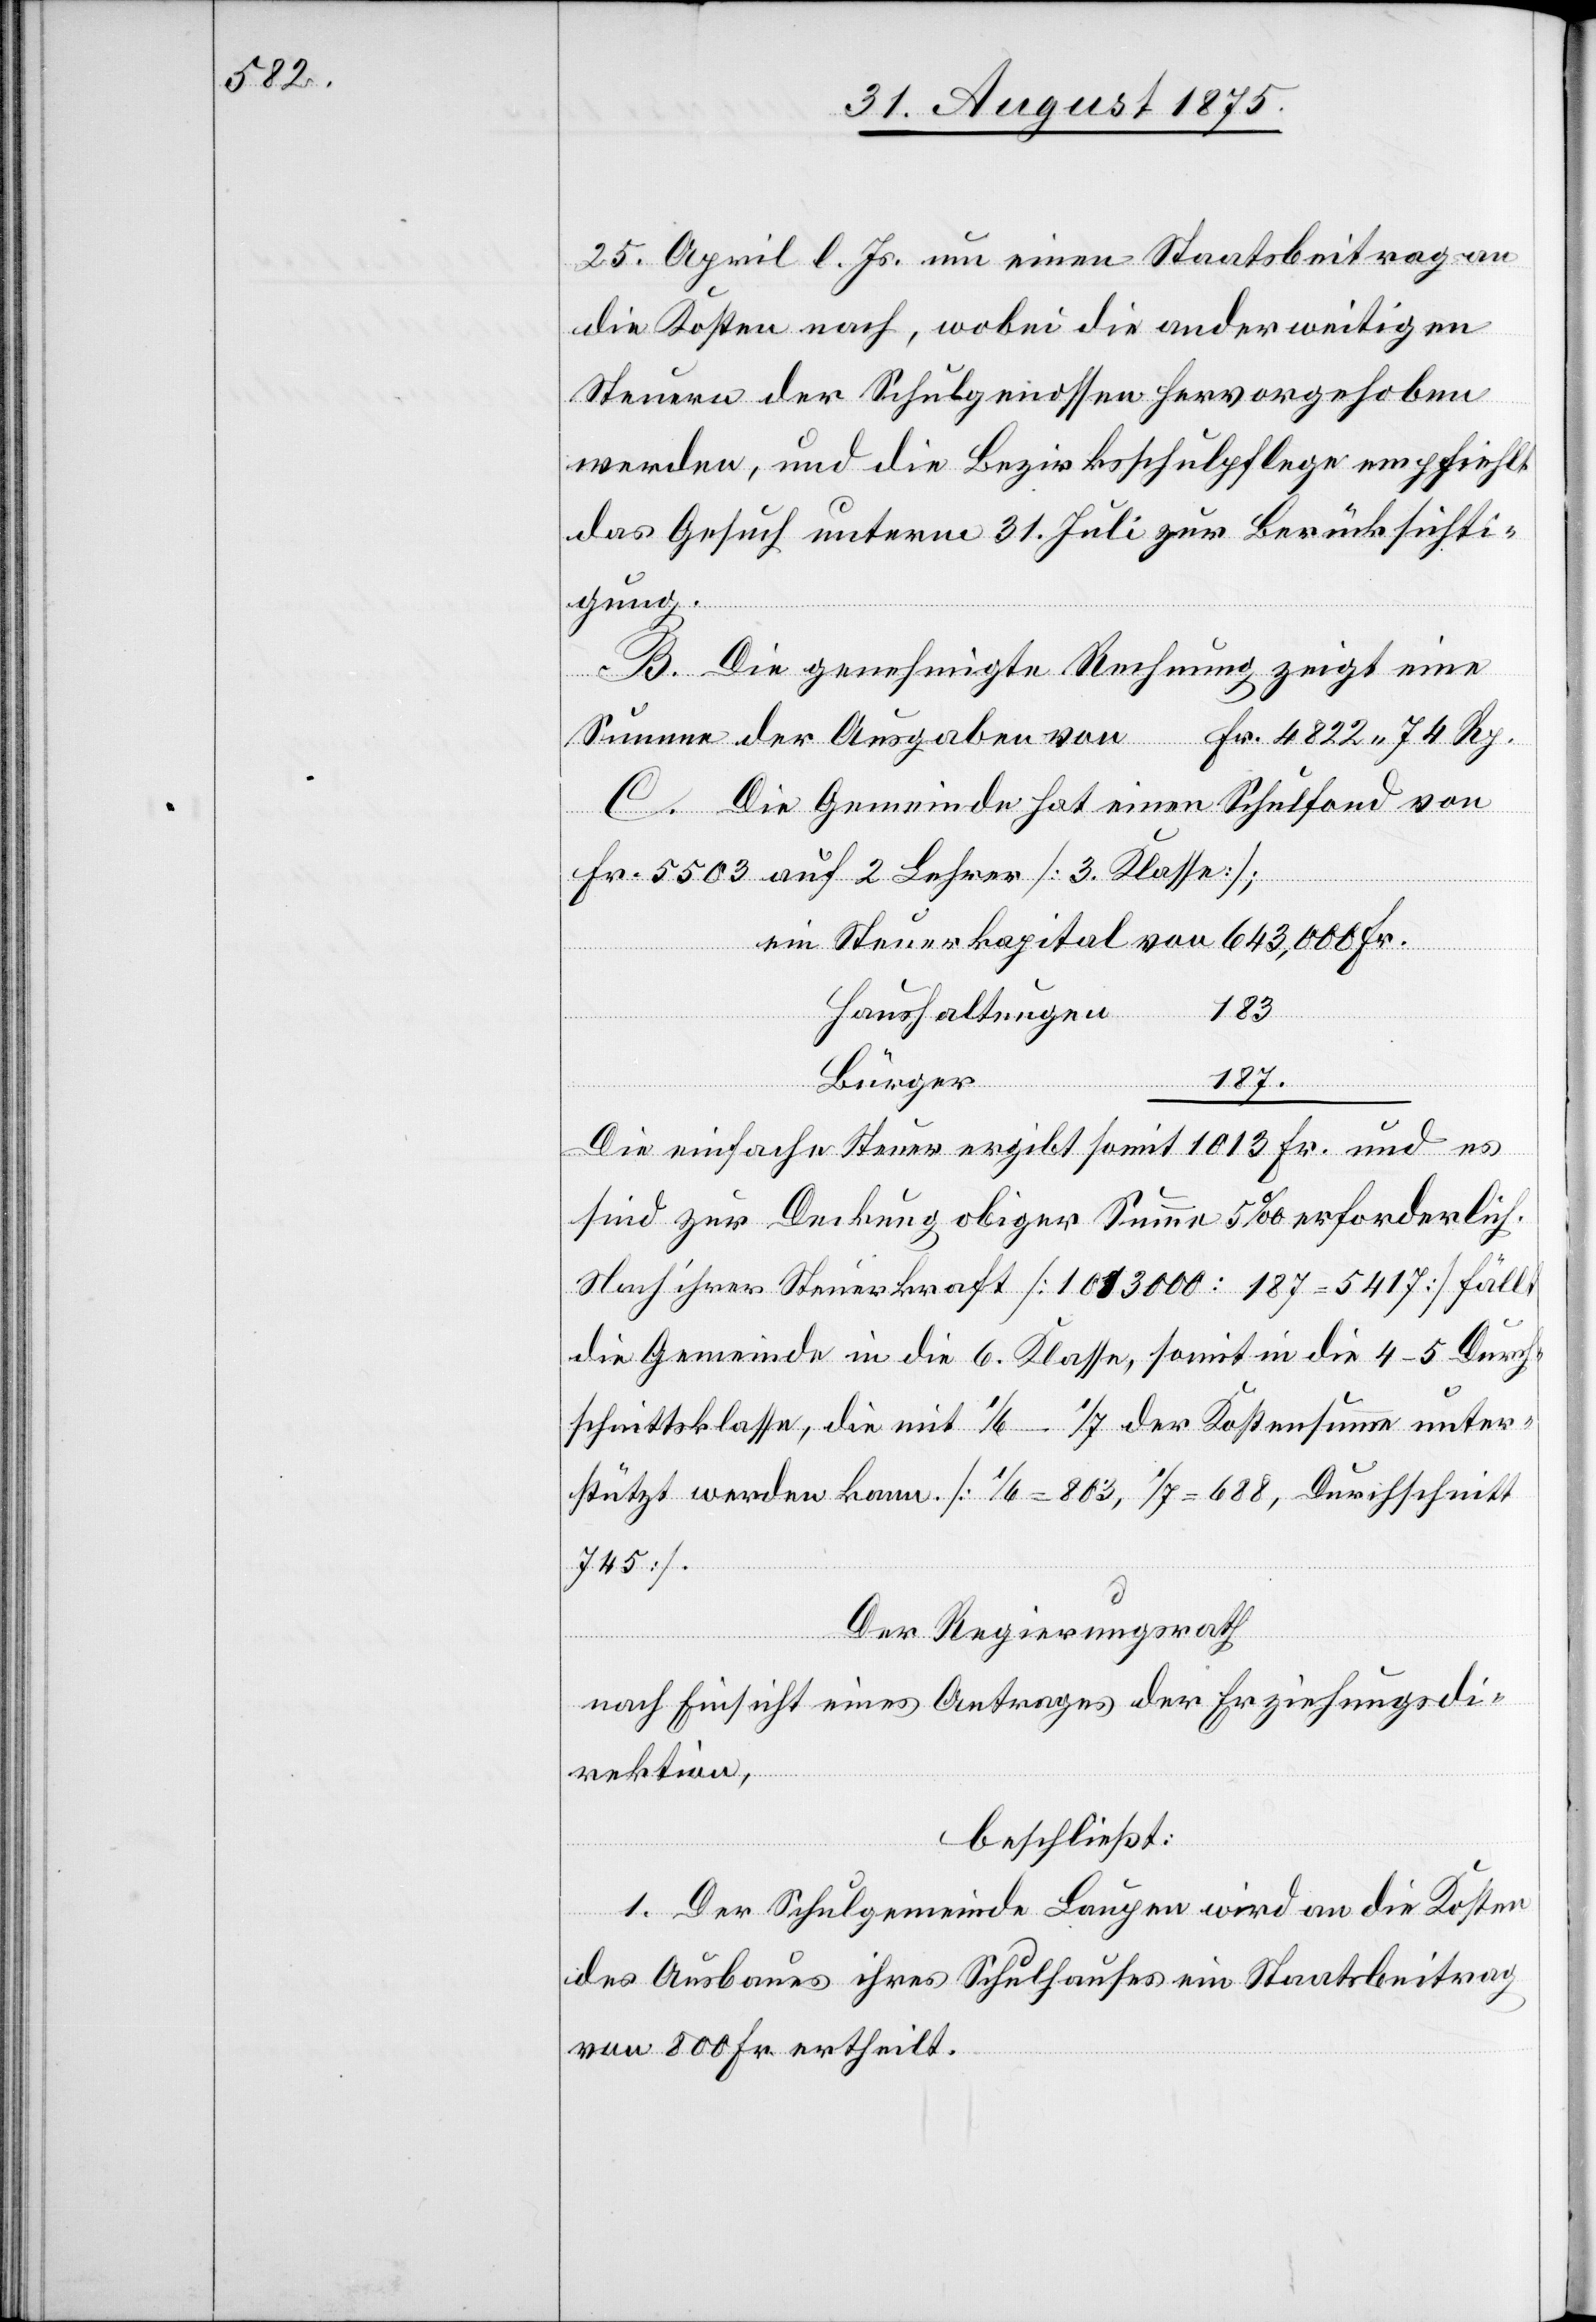
25. April l. Js. um einen Staatsbeitrag an
die Kosten nach, wobei die anderweitigen
Steuern der Schulgenossenschaft hervorgehoben
werden, und die Bezirksschulpflege empfiehlt
das Gesuch unterm 31. Juli zur Berücksichti¬
gung.
B. Die genehmigte Rechnung zeigt eine
Summe der Ausgaben von Fr. 4822 74 Rp.
C. Die Gemeinde hat einen Schulfond von
Fr. 5503 auf 2 Lehrer [3. Klasse];
183
Fr.
Haushaltungen
Bürger
187
eine einfache Steuer ergibt somit 1013 Fr. und es
sind zur Deckung obiger Summe 5‰ erforderlich.
Nach ihrer Steuerkraft [1013000 : 187 = 5417] fällt
die Gemeinde in die 6. Klasse, somit in die 4–5 Durch¬
schnittsklasse, die mit 1/6–1/7 der Kostensumme unter¬
stützt werden kann. [1/6 = 803, 1/7 = 688, Durchschnitt
745].
Der Regierungsrath
nach Einsicht eines Antrages der Erziehungsdi¬
rektion,
beschließt:
1. Der Schulgemeinde Laupen wird an die Kosten
des Ausbaues ihres Schulhauses ein Staatsbeitrag
von 800 Fr. ertheilt.